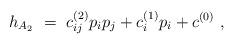
LaTeX: \begin{align*} h_{A_2}\ =\ c^{(2)}_{ij} p_{i} p_{j} + c^{(1)}_{i} p_{i} + c^{(0)}\ ,\end{align*}